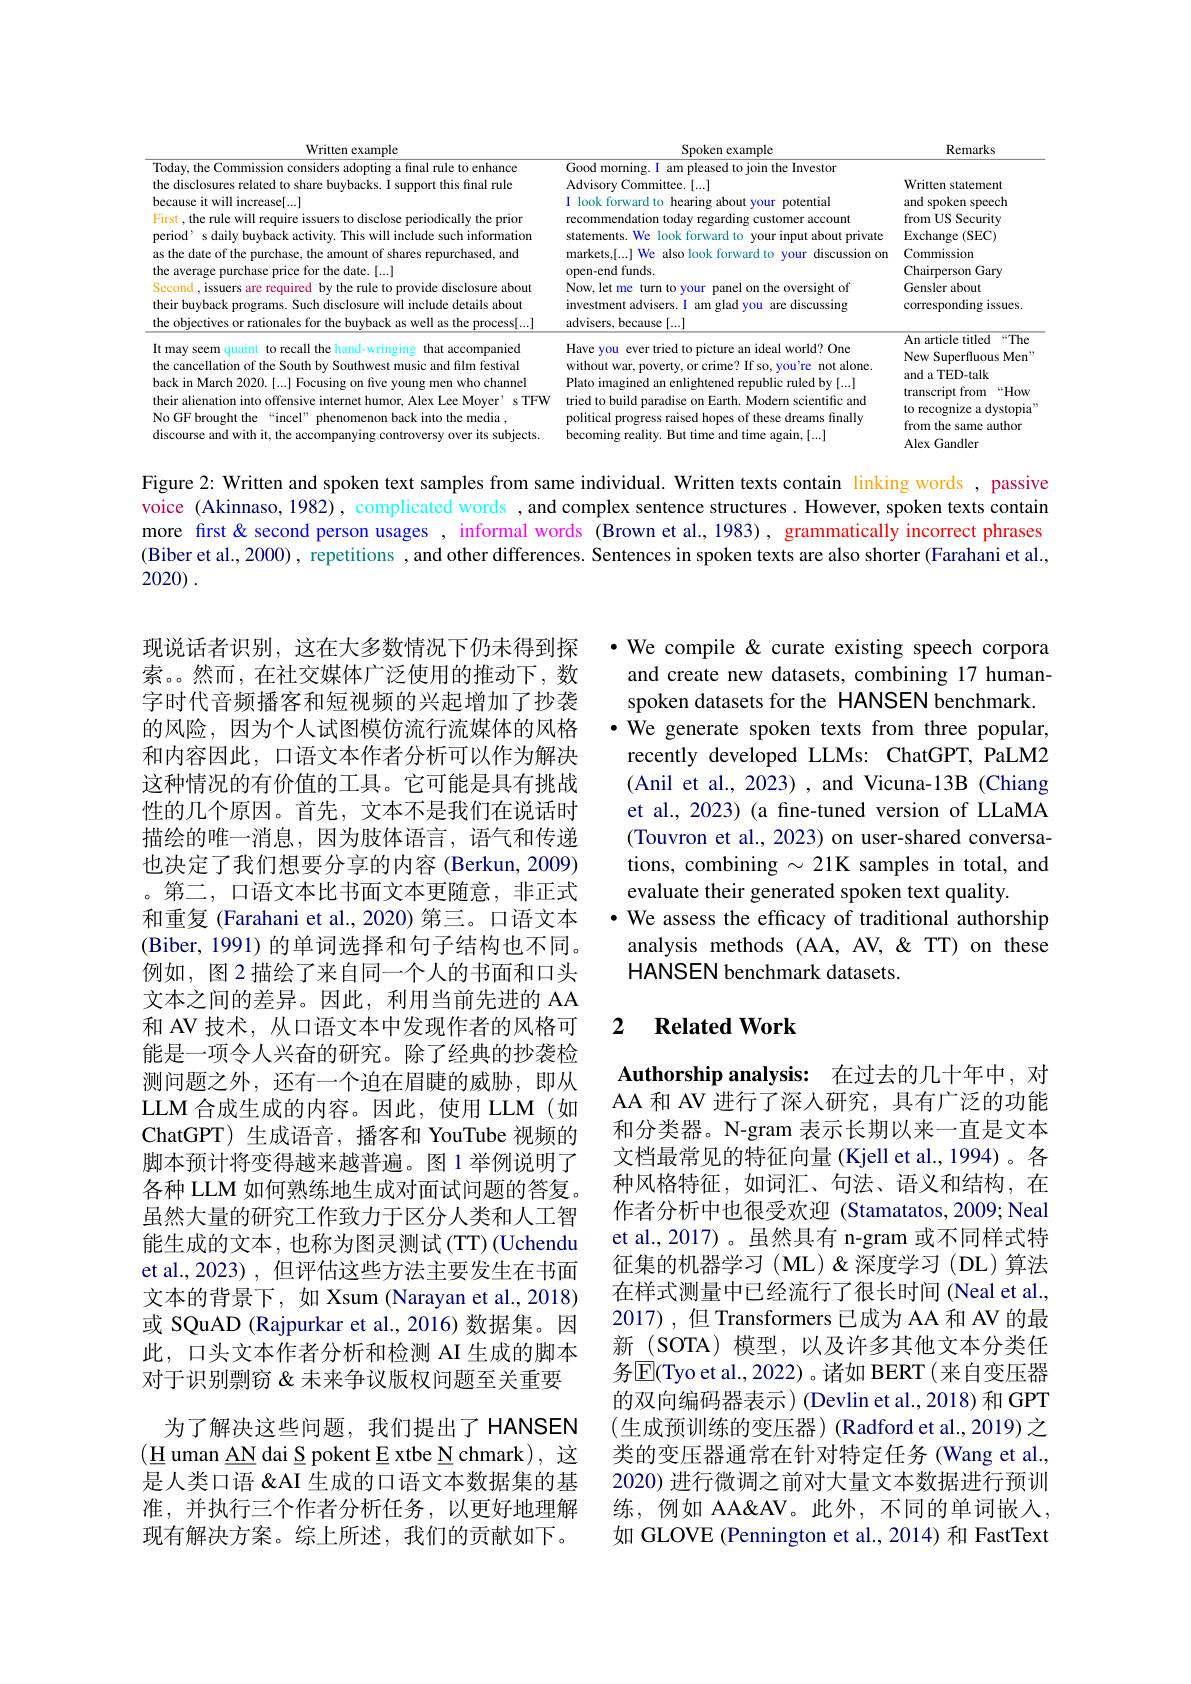
<table>
	<tbody>
		<tr>
			<th>Written example</th>
			<th>Spoken example</th>
			<th>Remarks</th>
		</tr>
		<tr>
			<td>average purchase price for the date. [...] cond , issuers are required by the rule to provide disclosure about ir buyback programs. Such disclosure will include details about objectives or rationales for the buyback as well as the process[...]</td>
			<td>open-end funds Now, let me e turn to your panel on the oversight of investment advisers. I am glad you are discussing advisers, because[...]</td>
			<td>Chairperson Gary Gensler about corresponding issues.</td>
		</tr>
		<tr>
			<td>nay seem quaint t to recall the hand-wringing $\Xi t$ that accompanied cancellation of the South by Southwest music and film festival ck in March 2020.[...] Focusing on five young men who channel ir alienation into offensive internet humor, Alex Lee Moyer' s TFW GF brought the “incel” phenomenon back into the media , course and with it, the accompanying controversy over its subjects.</td>
			<td>Have you ever tried to picture an ideal world? One without war, poverty, or crime? If so, you're not alone Plato imagined an enlightened republic ruled by [...] tried to build paradise on Earth. Modern scientific and political progress raised hopes of these dreams finally becoming reality. But time and time again, [...]</td>
			<td>An article titled $““The$ New Superfluous Men" and a TED-talk $“How$ transcript from to recognize a dystopia from the same author Alex Gandler</td>
		</tr>
	</tbody>
</table>

the as the the It the $No$

Figure 2: Written and spoken text samples from same individual. Written texts contain linking words , passive voice (Akinnaso, 1982) , complicated words , and complex sentence structures. However, spoken texts contain more first& second person usages , informal words (Brown et al.,1983), grammatically incorrect phrases (Biber et al., 2000), repetitions , and other differences. Sentences in spoken texts are also shorter (Farahani et al., 2020) .

·We compile & curate existing speech corpora
and create new datasets, combining 17 humanspoken datasets for the HANSEN benchmark.
$\bullet$ We generate spoken texts from three popular,
recently developed LLMs: ChatGPT, PaLM2 (Anil et al., 2023) , and Vicuna-13B (Chiang et al., 2023) (a fine-tuned version of LLaMA (Touvron et al., 2023) on user-shared conversations, combining $\sim21$K samples in total, and evaluate their generated spoken text quality.
$•$ We assess the efficacy of traditional authorship analysis methods (AA, AV, &TT) on these HANSEN benchmark datasets.

### 2 $\textbf{Related Work}$

现说话者识别，这在大多数情况下仍未得到探索。然而，在社交媒体广泛使用的推动下，数字时代音频播客和短视频的兴起增加了抄袭的风险，因为个人试图模仿流行流媒体的风格和内容因此，口语文本作者分析可以作为解决这种情况的有价值的工具。它可能是具有挑战性的几个原因。首先，文本不是我们在说话时描绘的唯一消息，因为肢体语言，语气和传递也决定了我们想要分享的内容 (Berkun, 2009) 。第二，口语文本比书面文本更随意，非正式和重复 (Farahani et al.,2020) 第三。口语文本(Biber, 1991) 的单词选择和句子结构也不同。例如，图 2 描绘了来自同一个人的书面和口头文本之间的差异。因此，利用当前先进的 AA 和 AV 技术，从口语文本中发现作者的风格可能是一项令人兴奋的研究。除了经典的抄袭检测问题之外，还有一个迫在眉睫的威胁，即从LLM 合成生成的内容。因此，使用 LLM(如ChatGPT) 生成语音，播客和 YouTube 视频的脚本预计将变得越来越普遍。图 1 举例说明了各种 LLM 如何熟练地生成对面试问题的答复。虽然大量的研究工作致力于区分人类和人工智能生成的文本，也称为图灵测试(TT)(Uchendu et al., 2023) , 但评估这些方法主要发生在书面文本的背景下，如 Xsum (Narayan et al., 2018) 或 SQuAD (Rajpurkar et al.,2016) 数据集。因此，口头文本作者分析和检测 AI 生成的脚本对于识别剽窃&未来争议版权问题至关重要
为了解决这些问题，我们提出了HANSEN $(\underline{\mathrm{H}}$uman AN dai S pokent E xtbe N chmark), 这是人类口语 "AI 生成的口语文本数据集的基准，并执行三个作者分析任务，以更好地理解现有解决方案。综上所述，我们的贡献如下。

Authorship analysis: 在过去的几十年中，对AA 和 AV 进行了深人研究，具有广泛的功能和分类器。N-gram 表示长期以来一直是文本文档最常见的特征向量(Kjell et al., 1994)。各种风格特征，如词汇、句法、语义和结构，在作者分析中也很受欢迎 (Stamatatos,2009; Neal et al.,2017)。虽然具有 n-gram 或不同样式特征集的机器学习(ML)&深度学习(DL)算法在样式测量中已经流行了很长时间 (Neal et al. 2017),但 Transformers 已成为 AA 和 AV 的最新 (SOTA) 模型，以及许多其他文本分类任务$\overline{\mathrm{E}}($Tyo et al., 2022)。诸如 BERT( 来自变压器的双向编码器表示)(Devlin et al.,2018) 和 GPT (生成预训练的变压器)(Radford et al., 2019) 之类的变压器通常在针对特定任务(Wang et al., 2020) 进行微调之前对大量文本数据进行预训练，例如 AA&AV。此外，不同的单词嵌入， 如 GLOVE (Pennington et al., 2014) 和 FastText